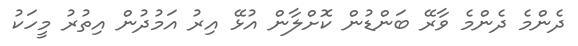
ދެންމެ ދެންމެ ވާރޭ ބަންޑުން ކޮށްލާން އުޅޭ އިރު އަމުދުން އިތުރު މީހަކު